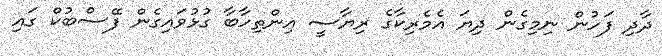
ދާދި ފަހުން ނިމިގެން ދިޔަ އެމެރިކާގެ ރިޔާސީ އިންތިހާބާ ގުޅުވައިގެން ފޭސްބުކް ގައި